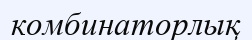
комбинаторлық